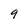
Character: 9